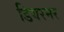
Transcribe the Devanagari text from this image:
डियरमर